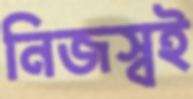
নিজস্বই